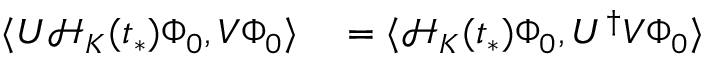
\begin{array} { r l } { \langle U \mathcal { H } _ { K } ( t _ { * } ) \Phi _ { 0 } , V \Phi _ { 0 } \rangle } & { { } = \langle \mathcal { H } _ { K } ( t _ { * } ) \Phi _ { 0 } , U ^ { \dag } V \Phi _ { 0 } \rangle } \end{array}